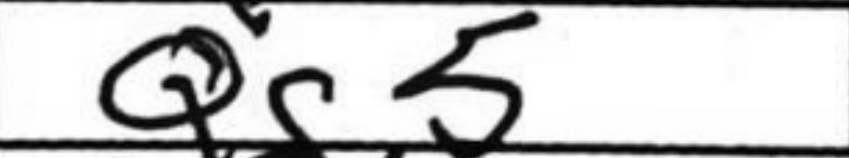
Transcription: Qg5